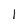
Character: 1